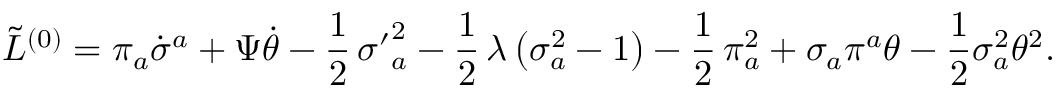
\tilde { \cal L } ^ { ( 0 ) } = \pi _ { a } \dot { \sigma } ^ { a } + \Psi \dot { \theta } - \frac { 1 } { 2 } \, { \sigma ^ { \prime } } _ { a } ^ { 2 } - \frac { 1 } { 2 } \, \lambda \, \bigl ( \sigma _ { a } ^ { 2 } - 1 \bigr ) - \frac { 1 } { 2 } \, \pi _ { a } ^ { 2 } + \sigma _ { a } \pi ^ { a } \theta - \frac { 1 } { 2 } \sigma _ { a } ^ { 2 } \theta ^ { 2 } .